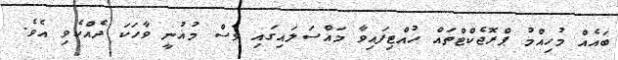
ބައެއް މުހިއްމު ޕްރޮޖެކްޓްތައް ހުއްޓިފައިވާ މައްސަލައިގައި ވެސް މުޣުނީ ވާހަކަ ދެއްކެވި އެވެ.